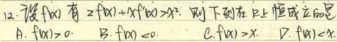
12. 设\(f(x)\)满足\(2f(x)+xf'(x)>x^{2}(x > 0)\)，则下列在\((0,+\infty)\)上恒成立的是：
A. \(f(x)>0\)
B. \(f(x)<0\)
C. \(f(x)>x\)
D. \(f(x)<x\)